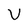
Character: V